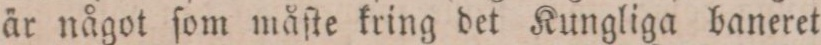
är något ſom måſte kring det Kungliga baneret